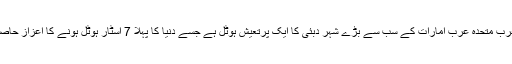
برج العرب متحدہ عرب امارات کے سب سے بڑے شہر دبئی کا ایک پرتعیش ہوٹل ہے جسے دنیا کا پہلا 7 اسٹار ہوٹل ہونے کا اعزاز حاصل ہے ۔